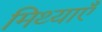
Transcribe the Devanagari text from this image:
मिथ्याएँ